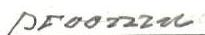
proomu